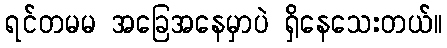
ရင်တမမ အခြေအနေမှာပဲ ရှိနေသေးတယ်။